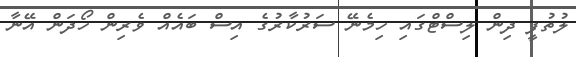
ލުތުފީ ދިން ލިސްޓްގައި ހިމެނޭ ސަރުކާރުގެ އިސް ބައެއް ވެރިން ހޯދަން އޭނާ